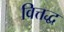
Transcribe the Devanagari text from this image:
वित्तद्ध